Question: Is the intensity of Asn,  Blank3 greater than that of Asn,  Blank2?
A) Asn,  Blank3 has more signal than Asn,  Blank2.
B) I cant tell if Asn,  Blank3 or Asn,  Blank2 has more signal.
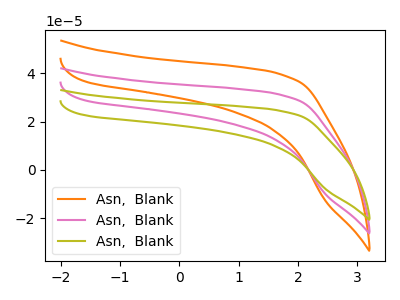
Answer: <think>The orange curve "Asn,  Blank1" has no peaks. The pink curve "Asn,  Blank2" has no peaks. The olive curve "Asn,  Blank3" has no peaks.
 Neither "Asn,  Blank3" or "Asn,  Blank2" have any peaks.</think>
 <answer>B) I cant tell if "Asn,  Blank3" or "Asn,  Blank2" has more signal.</answer>
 <eval>B</eval>